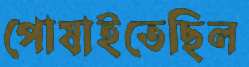
পোষাইতেছিল